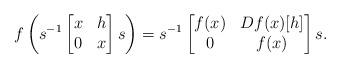
LaTeX: \begin{align*} f\left(s^{-1}\begin{bmatrix} x & h \\ 0 & x \end{bmatrix}s\right)=s^{-1}\begin{bmatrix} f(x) & Df(x)[h] \\ 0 & f(x) \end{bmatrix}s.\end{align*}